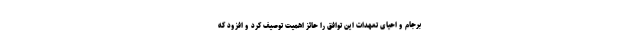
برجام و احیای تعهدات این توافق را حائز اهمیت توصیف کرد و افزود که